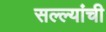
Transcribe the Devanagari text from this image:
सल्ल्यांची